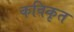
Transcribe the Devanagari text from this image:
कविकृत